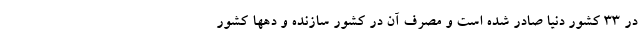
در ۳۳ کشور دنیا صادر شده است و مصرف آن در کشور سازنده و دهها کشور